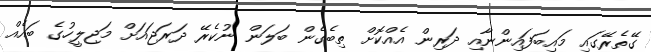
ގޭތެރޭގައި މައިބަފައިންނާއި ދަރިން އެއްކޮށް ތިބެގެން ބަލަން ނުކެރޭ ދަރަޖައަށް މަޖިލީހުގެ ބައެއް